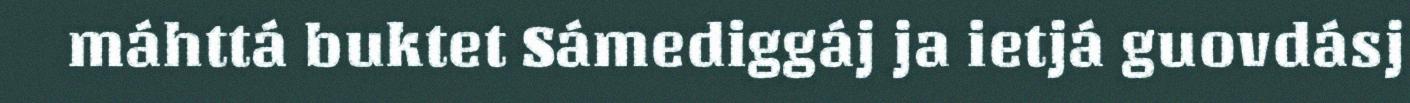
máhttá buktet Sámediggáj ja ietjá guovdásj